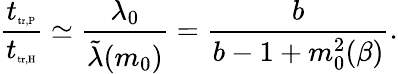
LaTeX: \frac{t_{\tiny{\textrm{tr,P}}}}{t_{\tiny{\textrm{tr,H}}}}\simeq\frac{\lambda_{0}}{\tilde{\lambda}(m_{0})}=\frac{b}{b-1+m_{0}^{2}(\beta)}.